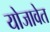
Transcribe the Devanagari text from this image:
योजावेत